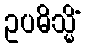
ဥပဓိသ္မိံ